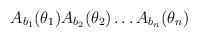
LaTeX: \begin{align*}A_{b_1}(\theta_1)A_{b_2}(\theta_2)\dots A_{b_n}(\theta_n)\end{align*}